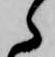
ら